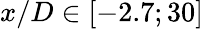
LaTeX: x/D\in[-2.7;30]